Code of medical and sanitary regulations for the guidance of medical officers serving in the Madras Presidency - Volume I
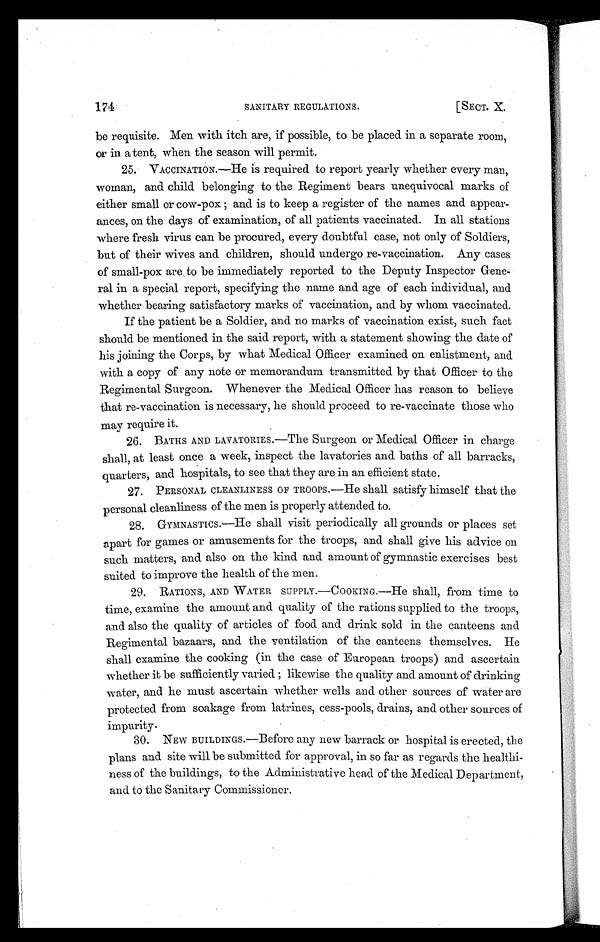
174
SANITARY REGULATIONS.
[SECT. X.
be requisite. Men with itch are, if possible, to be placed in a separate room,
or in a tent, when the season will permit.
25. VACCINATION.—He is required to report yearly whether every man,
woman, and child belonging to the Regiment bears unequivocal marks of
either small or cow-pox; and is to keep a register of the names and appear-
ances, on the days of examination, of all patients vaccinated. In all stations
where fresh virus can be procured, every doubtful case, not only of Soldiers,
but of their wives and children, should undergo re-vaccination. Any cases
of small-pox are to be immediately reported to the Deputy Inspector Gene-
ral in a special report, specifying the name and age of each individual, and
whether bearing satisfactory marks of vaccination, and by whom vaccinated.
If the patient be a Soldier, and no marks of vaccination exist, such fact
should be mentioned in the said report, with a statement showing the date of
his joining the Corps, by what Medical Officer examined on enlistment, and
with a copy of any note or memorandum transmitted by that Officer to the
Regimental Surgeon. Whenever the Medical Officer has reason to believe
that re-vaccination is necessary, he should proceed to re-vaccinate those who
may require it.
26. BATHS AND LAVATORIES.—The Surgeon or Medical Officer in charge
shall, at least once a week, inspect the lavatories and baths of all barracks,
quarters, and hospitals, to see that they are in an efficient state.
27. PERSONAL CLEANLINESS OF TROOPS.—He shall satisfy himself that the
personal cleanliness of the men is properly attended to.
28. GYMNASTICS.—He shall visit periodically all grounds or places set
apart for games or amusements for the troops, and shall give his advice on
such matters, and also on the kind and amount of gymnastic exercises best
suited to improve the health of the men.
29. RATIONS, AND WATER SUPPLY.—COOKING.—He shall, from time to
time, examine the amount and quality of the rations supplied to the troops,
and also the quality of articles of food and drink sold in the canteens and
Regimental bazaars, and the ventilation of the canteens themselves. He
shall examine the cooking (in the case of European troops) and ascertain
whether it be sufficiently varied ; likewise the quality and amount of drinking
water, and he must ascertain whether wells and other sources of water are
protected from soakage from latrines, cess-pools, drains, and other sources of
impurity.
30. NEW BUILDINGS.—Before any new barrack or hospital is erected, the
plans and site will be submitted for approval, in so far as regards the healthi-
ness of the buildings, to the Administrative head of the Medical Department,
and to the Sanitary Commissioner.